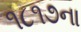
૧૮૧૭ના